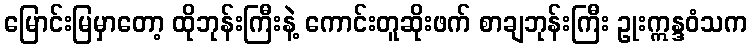
မြောင်းမြမှာတော့ ထိုဘုန်းကြီးနဲ့ ကောင်းတူဆိုးဖက် စာချဘုန်းကြီး ဥုးဣန္ဒဝံသက